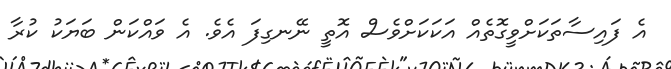
އެ ފައިސާތަކަށްވީގޮތެއް އަކަކަށްވެސް އޮތީ ނޭނގިފަ އެވެ. އެ ވައްކަން ބަޔަކު ކުރާ